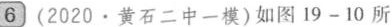
6(2020·黄石二中一模)如图19-10所